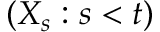
\left( X _ { s } : s < t \right)